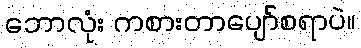
ဘောလုံး ကစားတာပျော်စရာပဲ။